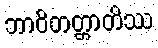
ဘာဝိတတ္တာတိဿ